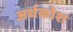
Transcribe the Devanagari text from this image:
अर्धकोश